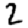
Digit: 2